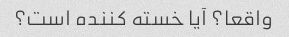
واقعا؟ آیا خسته کننده است؟